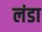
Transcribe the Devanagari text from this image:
लंडा